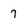
Character: 7